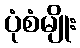
ပုံစံမျိုး